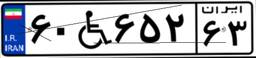
۶۰W۶۵۲۶۳